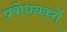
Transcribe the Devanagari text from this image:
प्रबोधनकर्ते